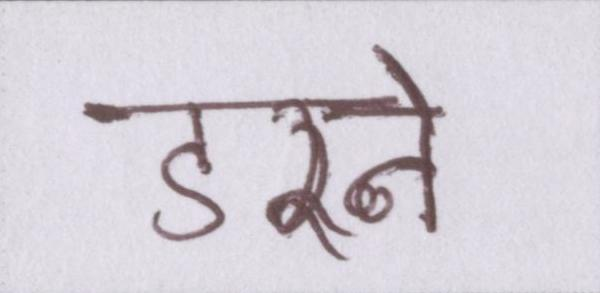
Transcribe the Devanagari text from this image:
डरने